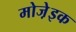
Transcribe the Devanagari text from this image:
मोजे़इक